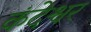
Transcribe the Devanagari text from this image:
कंदेश्वर